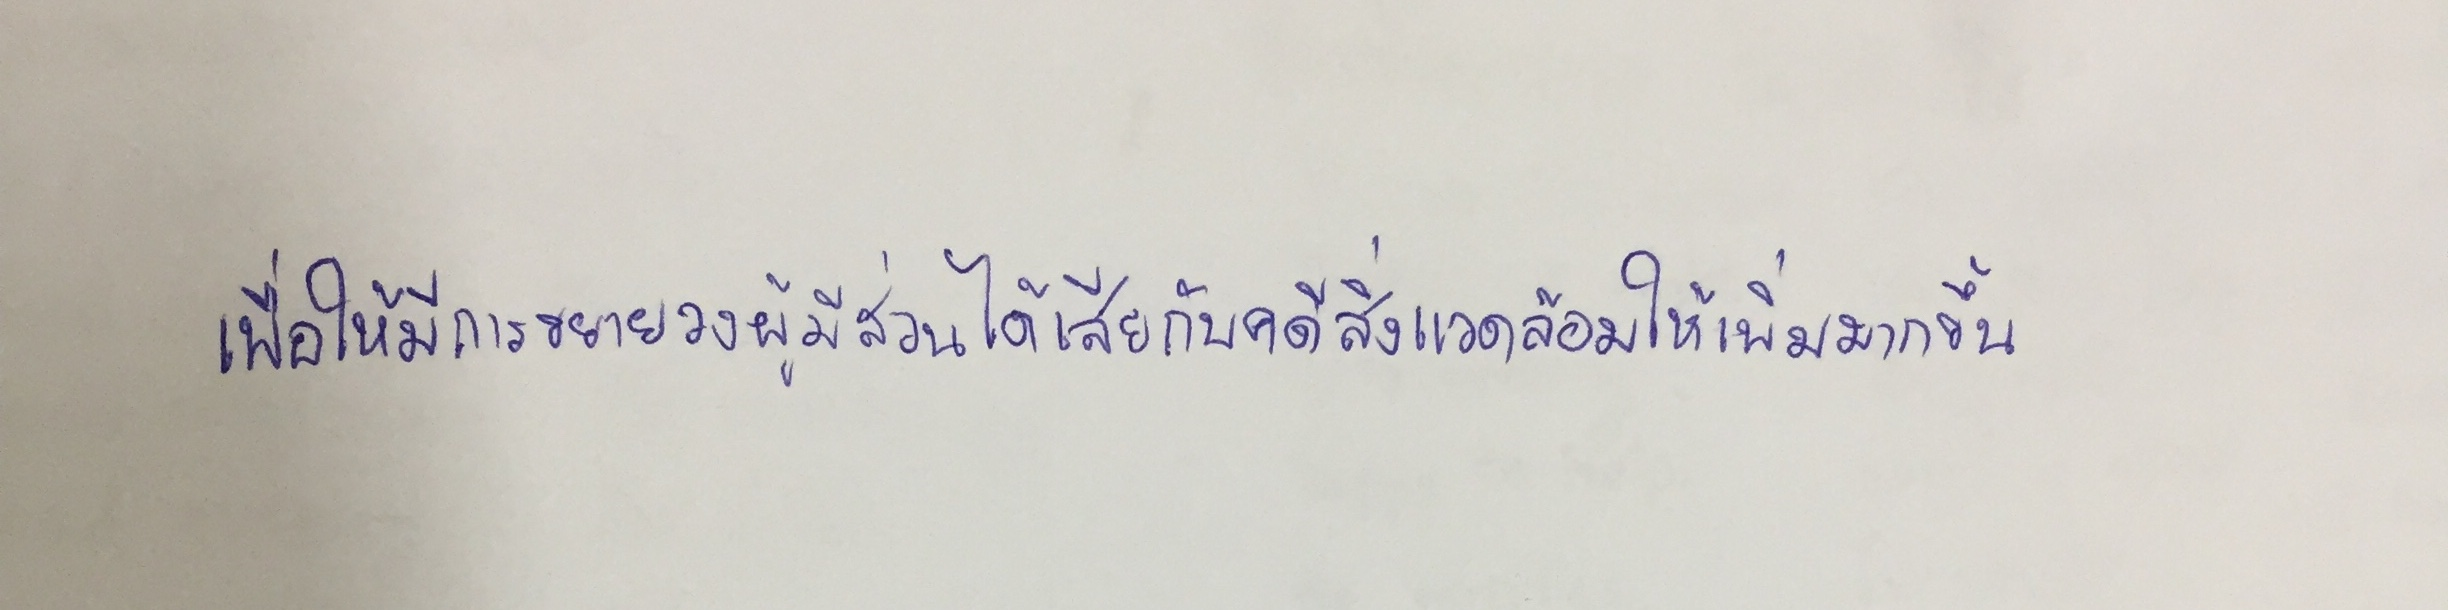
เพื่อให้มีการขยายวงผู้มีส่วนได้เสียกับคดีสิ่งแวดล้อมให้เพิ่มมากขึ้น